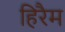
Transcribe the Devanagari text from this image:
हिरैम